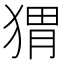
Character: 猬